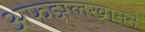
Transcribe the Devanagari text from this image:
अफझलखानने